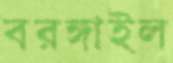
বরঙ্গাইল